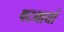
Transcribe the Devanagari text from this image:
षटभार्या